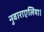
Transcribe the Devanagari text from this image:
नुवाराएलिया।